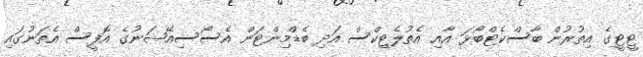
ޓީޓީގެ އިތުރުން ބާސްކެޓްބޯޅަ އާއި އެތުލެޓިކްސް އަދި ބެޑްމިންޓަން އެސޯސިއޭޝަނުގެ އޮފީސް އެތަނުގައި